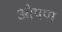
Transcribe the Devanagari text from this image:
ओपण